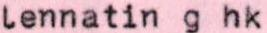
Lennatin g hk